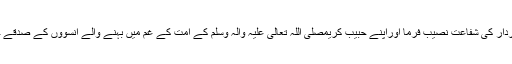
عَزَّوَجَلَّ، ہمیں شفاعت کرنے والوں کے سردار کی شفاعت نصیب فرما اوراپنے حبیب کریمصَلَّی اللّٰہُ تَعَالٰی عَلَیْہِ وَاٰلِہٖ وَسَلَّمَ کے امت کے غم میں بہنے والے آنسوؤں کے صدقے جہنم کے عذاب سے نجات عطا فرما،اٰمین۔